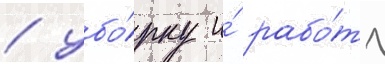
/ убо́рку и́ рабо́ту